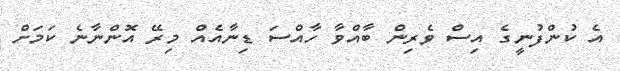
އެ ކުންފުނީގެ އިސް ވެރިން ބާއްވާ ހާއްސަ ޑިނާއެއް މިރޭ އޮންނާނެ ކަމަށް